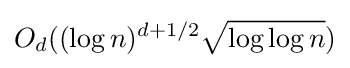
O_{d}((\log n)^{d+1/2}{\sqrt {\log \log n}})